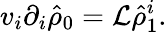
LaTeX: v_{i}\partial_{i}\hat{\rho}_{0}=\mathcal{L}\hat{\rho}_{1}^{i}.